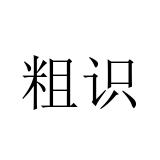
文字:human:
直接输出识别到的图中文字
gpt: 粗识